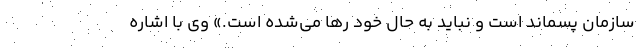
سازمان پسماند است و نباید به حال خود رها می‌شده است.» وی با اشاره